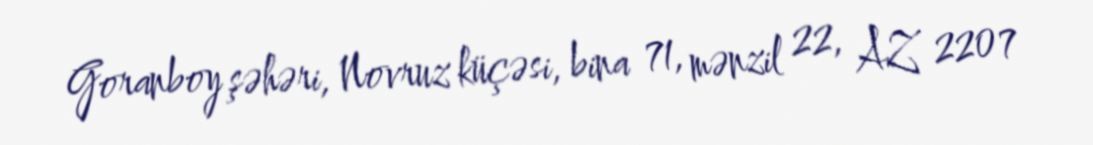
Goranboy şəhəri, Novruz küçəsi, bina 71, mənzil 22, AZ 2207